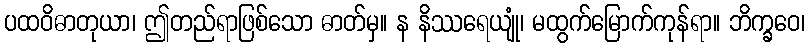
ပထဝိဓာတုယာ၊ ဤတည်ရာဖြစ်သော ဓာတ်မှ။ န နိဿရေယျုံ၊ မထွက်မြောက်ကုန်ရာ။ ဘိက္ခဝေ၊